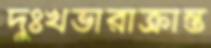
দুঃখভারাক্রান্ত